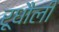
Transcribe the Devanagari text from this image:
रूधौली